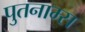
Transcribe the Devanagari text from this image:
पुतनाम्स